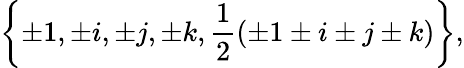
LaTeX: \left\{ \pm 1,\pm i,\pm j,\pm k,\frac{1}{2}(\pm 1\pm i\pm j\pm k)\right\} ,